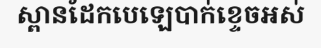
ស្ពានដែកបេឡេបាក់ខ្ទេចអស់